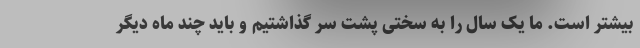
بیشتر است. ما یک سال را به سختی پشت سر گذاشتیم و باید چند ماه دیگر